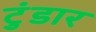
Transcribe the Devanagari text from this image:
टुंडार